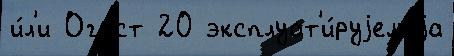
и́л'и Огаст 20 эксплуат'и́руjемаjа